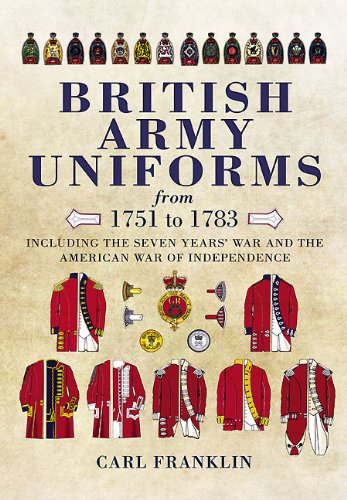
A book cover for British Army Uniforms of the American Revolution 1751-1783; Carl Franklin; History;